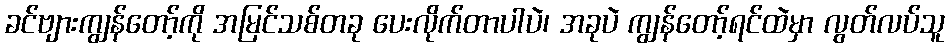
ခင်ဗျားကျွန်တော့်ကို အမြင်သစ်တခု ပေးလိုက်တာပါပဲ၊ အခုပဲ ကျွန်တော့်ရင်ထဲမှာ လွတ်လပ်သူ